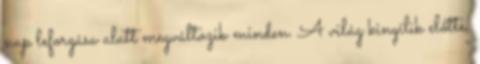
nap leforgása alatt megváltozik minden. A világ kinyílik előtte,